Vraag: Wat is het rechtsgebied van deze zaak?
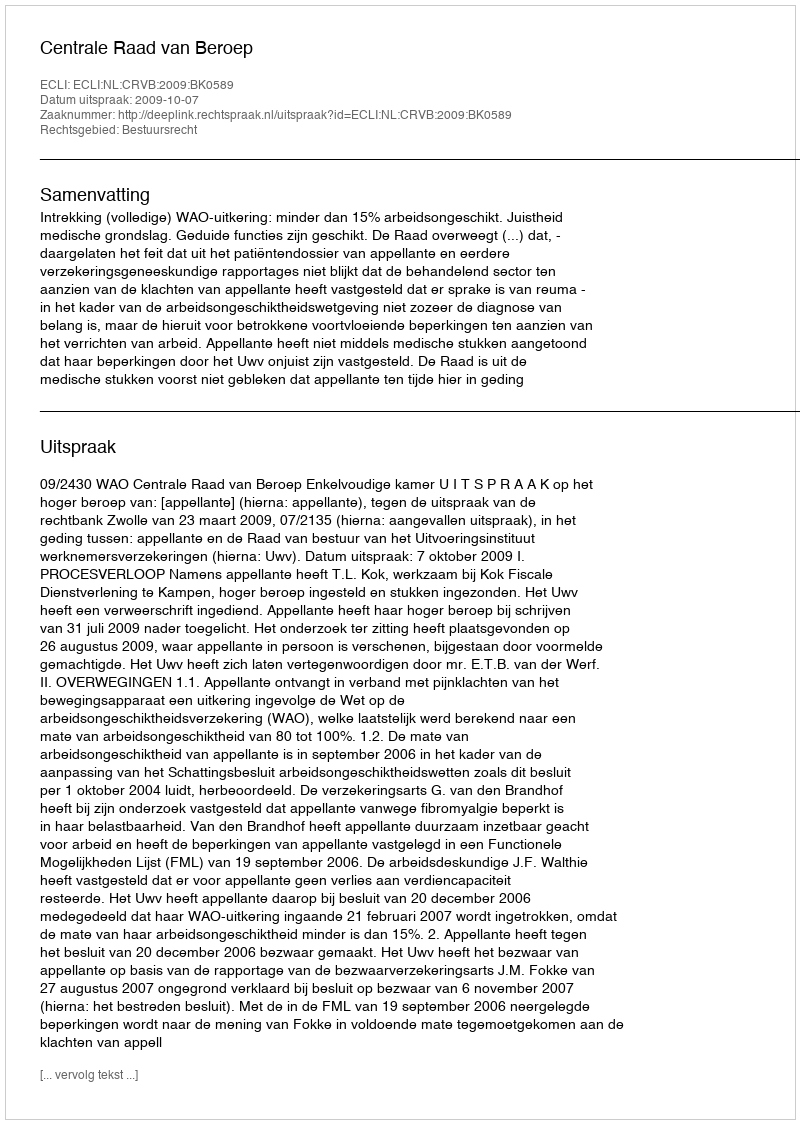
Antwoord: Bestuursrecht